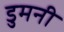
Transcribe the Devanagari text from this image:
डुमनी